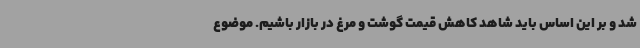
شد و بر این اساس باید شاهد کاهش قیمت گوشت و مرغ در بازار باشیم. موضوع